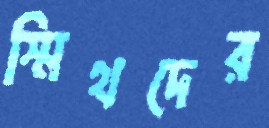
স্মিথদের